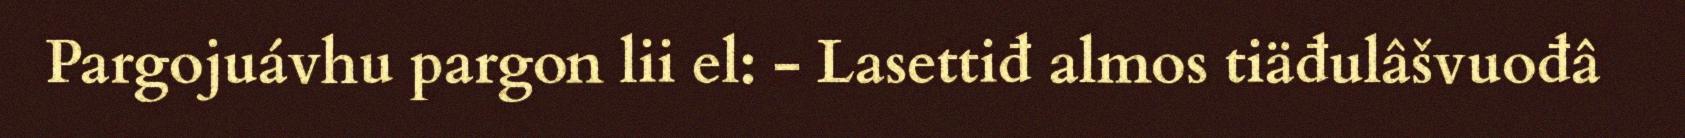
Pargojuávhu pargon lii el: - Lasettiđ almos tiäđulâšvuođâ